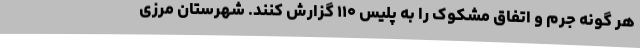
هر گونه جرم و اتفاق مشکوک را به پلیس ۱۱۰ گزارش کنند. شهرستان مرزی